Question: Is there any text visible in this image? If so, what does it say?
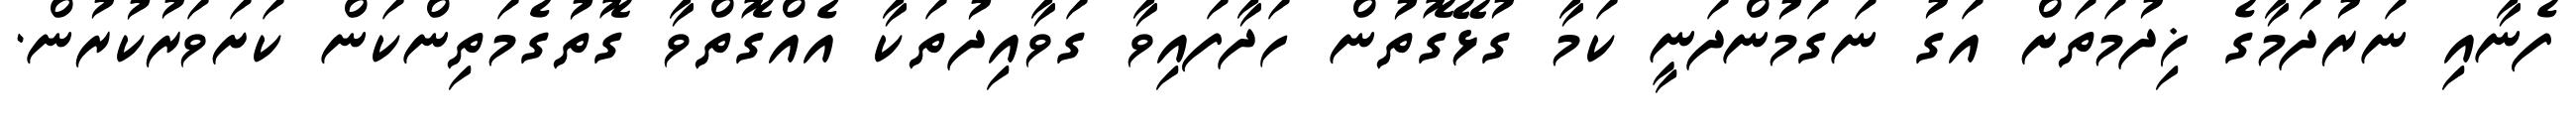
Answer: ފެނާއި ނަރުދަމާގެ ޚިދުމަތަށް އަގު ނަގަމުންދަނީ ކަމާ ގުޅޭގޮތުން ހަދާފައިވާ ގަވާއިދުތަކާ އެއްގޮތްވާ ގޮތުގެމަތިންކަން ކަށަވަރުކުރުން.